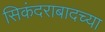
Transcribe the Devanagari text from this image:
सिकंदराबादच्या